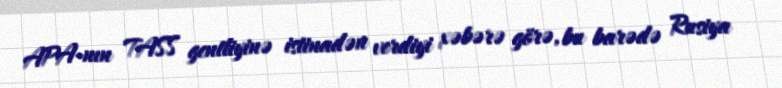
APA-nın TASS gentliyinə istinadən verdiyi xəbərə görə, bu barədə Rusiya